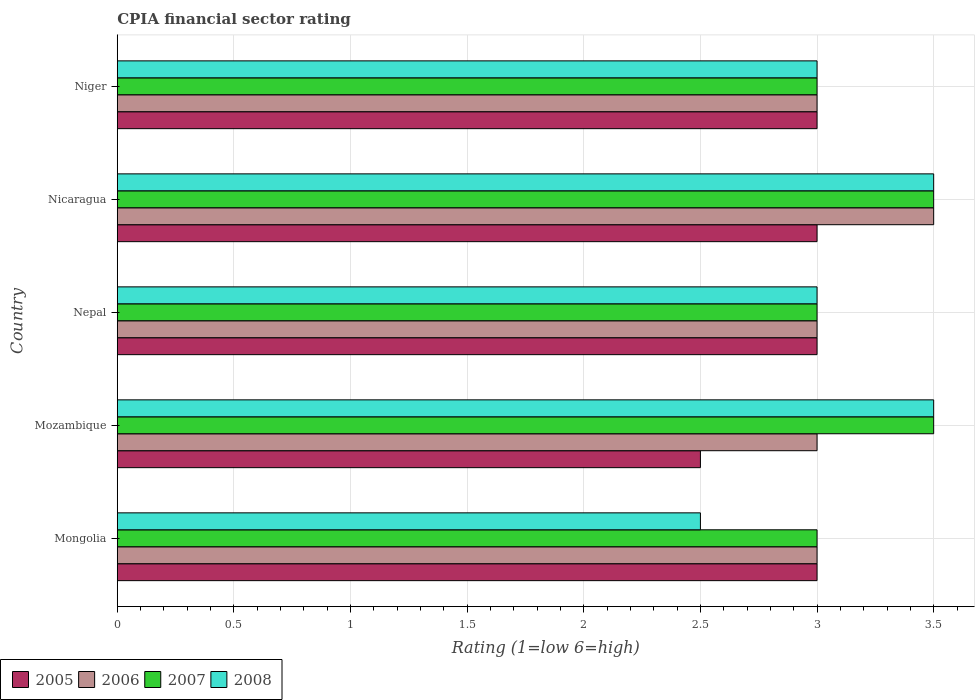
| Country | 2005 | 2006 | 2007 | 2008 |
 | --- | --- | --- | --- | --- |
 | Mongolia | 3 | 3 | 3 | 2.5 |
 | Mozambique | 2.5 | 3 | 3.5 | 3.5 |
 | Nepal | 3 | 3 | 3 | 3 |
 | Nicaragua | 3 | 3.5 | 3.5 | 3.5 |
 | Niger | 3 | 3 | 3 | 3 |